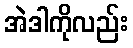
အဲဒါကိုလည်း